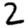
Digit: 2